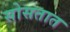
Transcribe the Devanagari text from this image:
सोसतात